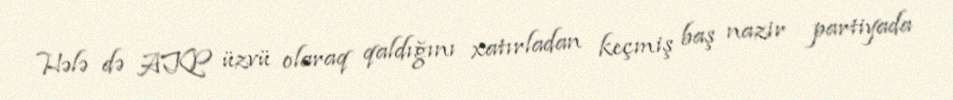
Hələ də AKP üzvü olaraq qaldığını xatırladan keçmiş baş nazir partiyada